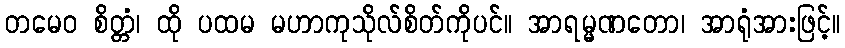
တမေဝ စိတ္တံ၊ ထို ပထမ မဟာကုသိုလ်စိတ်ကိုပင်။ အာရမ္မဏတော၊ အာရုံအားဖြင့်။